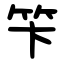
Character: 笇